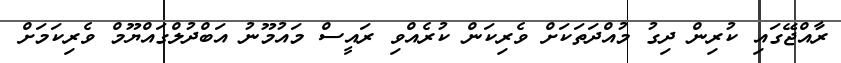
ރާއްޖޭގައި ކުރިން ދިގު މުއްދަތަކަށް ވެރިކަން ކުރެއްވި ރައީސް މައުމޫނު އަބްދުލްގައްޔޫމް ވެރިކަމަށް